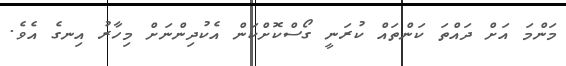
މަންމަ އަށް ދައްތަ ކަންތައް ކުރަނީ ގޯސްކޮށްކަން އެކުދިންނަށް މިހާރު އިނގެ އެވެ.